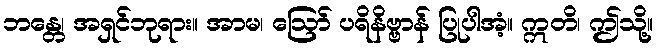
ဘန္တေ၊ အရှင်ဘုရား။ အာမ၊ ဩော် ပရိနိဗ္ဗာန် ပြုပါအံ့။ ဣတိ၊ ဤသို့။